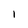
Character: I